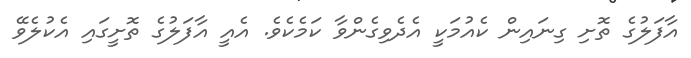
އާފަލުގެ ތޮށި ގިނައިން ކެއުމަކީ އެދެވިގެންވާ ކަމެކެވެ. އެއީ އާފަލުގެ ތޮށީގައި އެކުލެވޭ